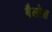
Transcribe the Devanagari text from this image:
बैलोस